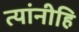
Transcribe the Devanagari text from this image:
त्यांनीहि